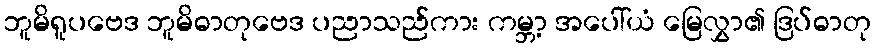
ဘူမိရူပဗေဒ ဘူမိဓာတုဗေဒ ပညာသည်ကား ကမ္ဘာ့ အပေါ်ယံ မြေလွှာ၏ ဒြပ်ဓာတု